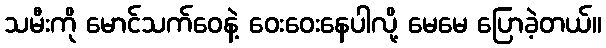
သမီးကို မောင်သက်ဝေနဲ့ ဝေးဝေးနေပါလို့ မေမေ ပြောခဲ့တယ်။